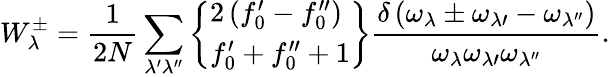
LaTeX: W_{\lambda}^{\pm}=\frac{1}{2N}\sum_{\lambda^{\prime}\lambda^{\prime\prime}}\left\{ \begin{array}{l}{2\left(f_{0}^{\prime}-f_{0}^{\prime\prime}\right)}\\ {f_{0}^{\prime}+f_{0}^{\prime\prime}+1}\end{array}\right\} \frac{\delta\left(\omega_{\lambda}\pm\omega_{\lambda\prime}-\omega_{\lambda^{\prime\prime}}\right)}{\omega_{\lambda}{\omega_{\lambda\prime}}{\omega_{\lambda^{\prime\prime}}}}.